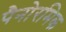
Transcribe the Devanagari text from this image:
पैनोरमिक